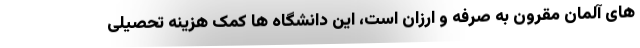
های آلمان مقرون به صرفه و ارزان است، این دانشگاه ها کمک هزینه تحصیلی